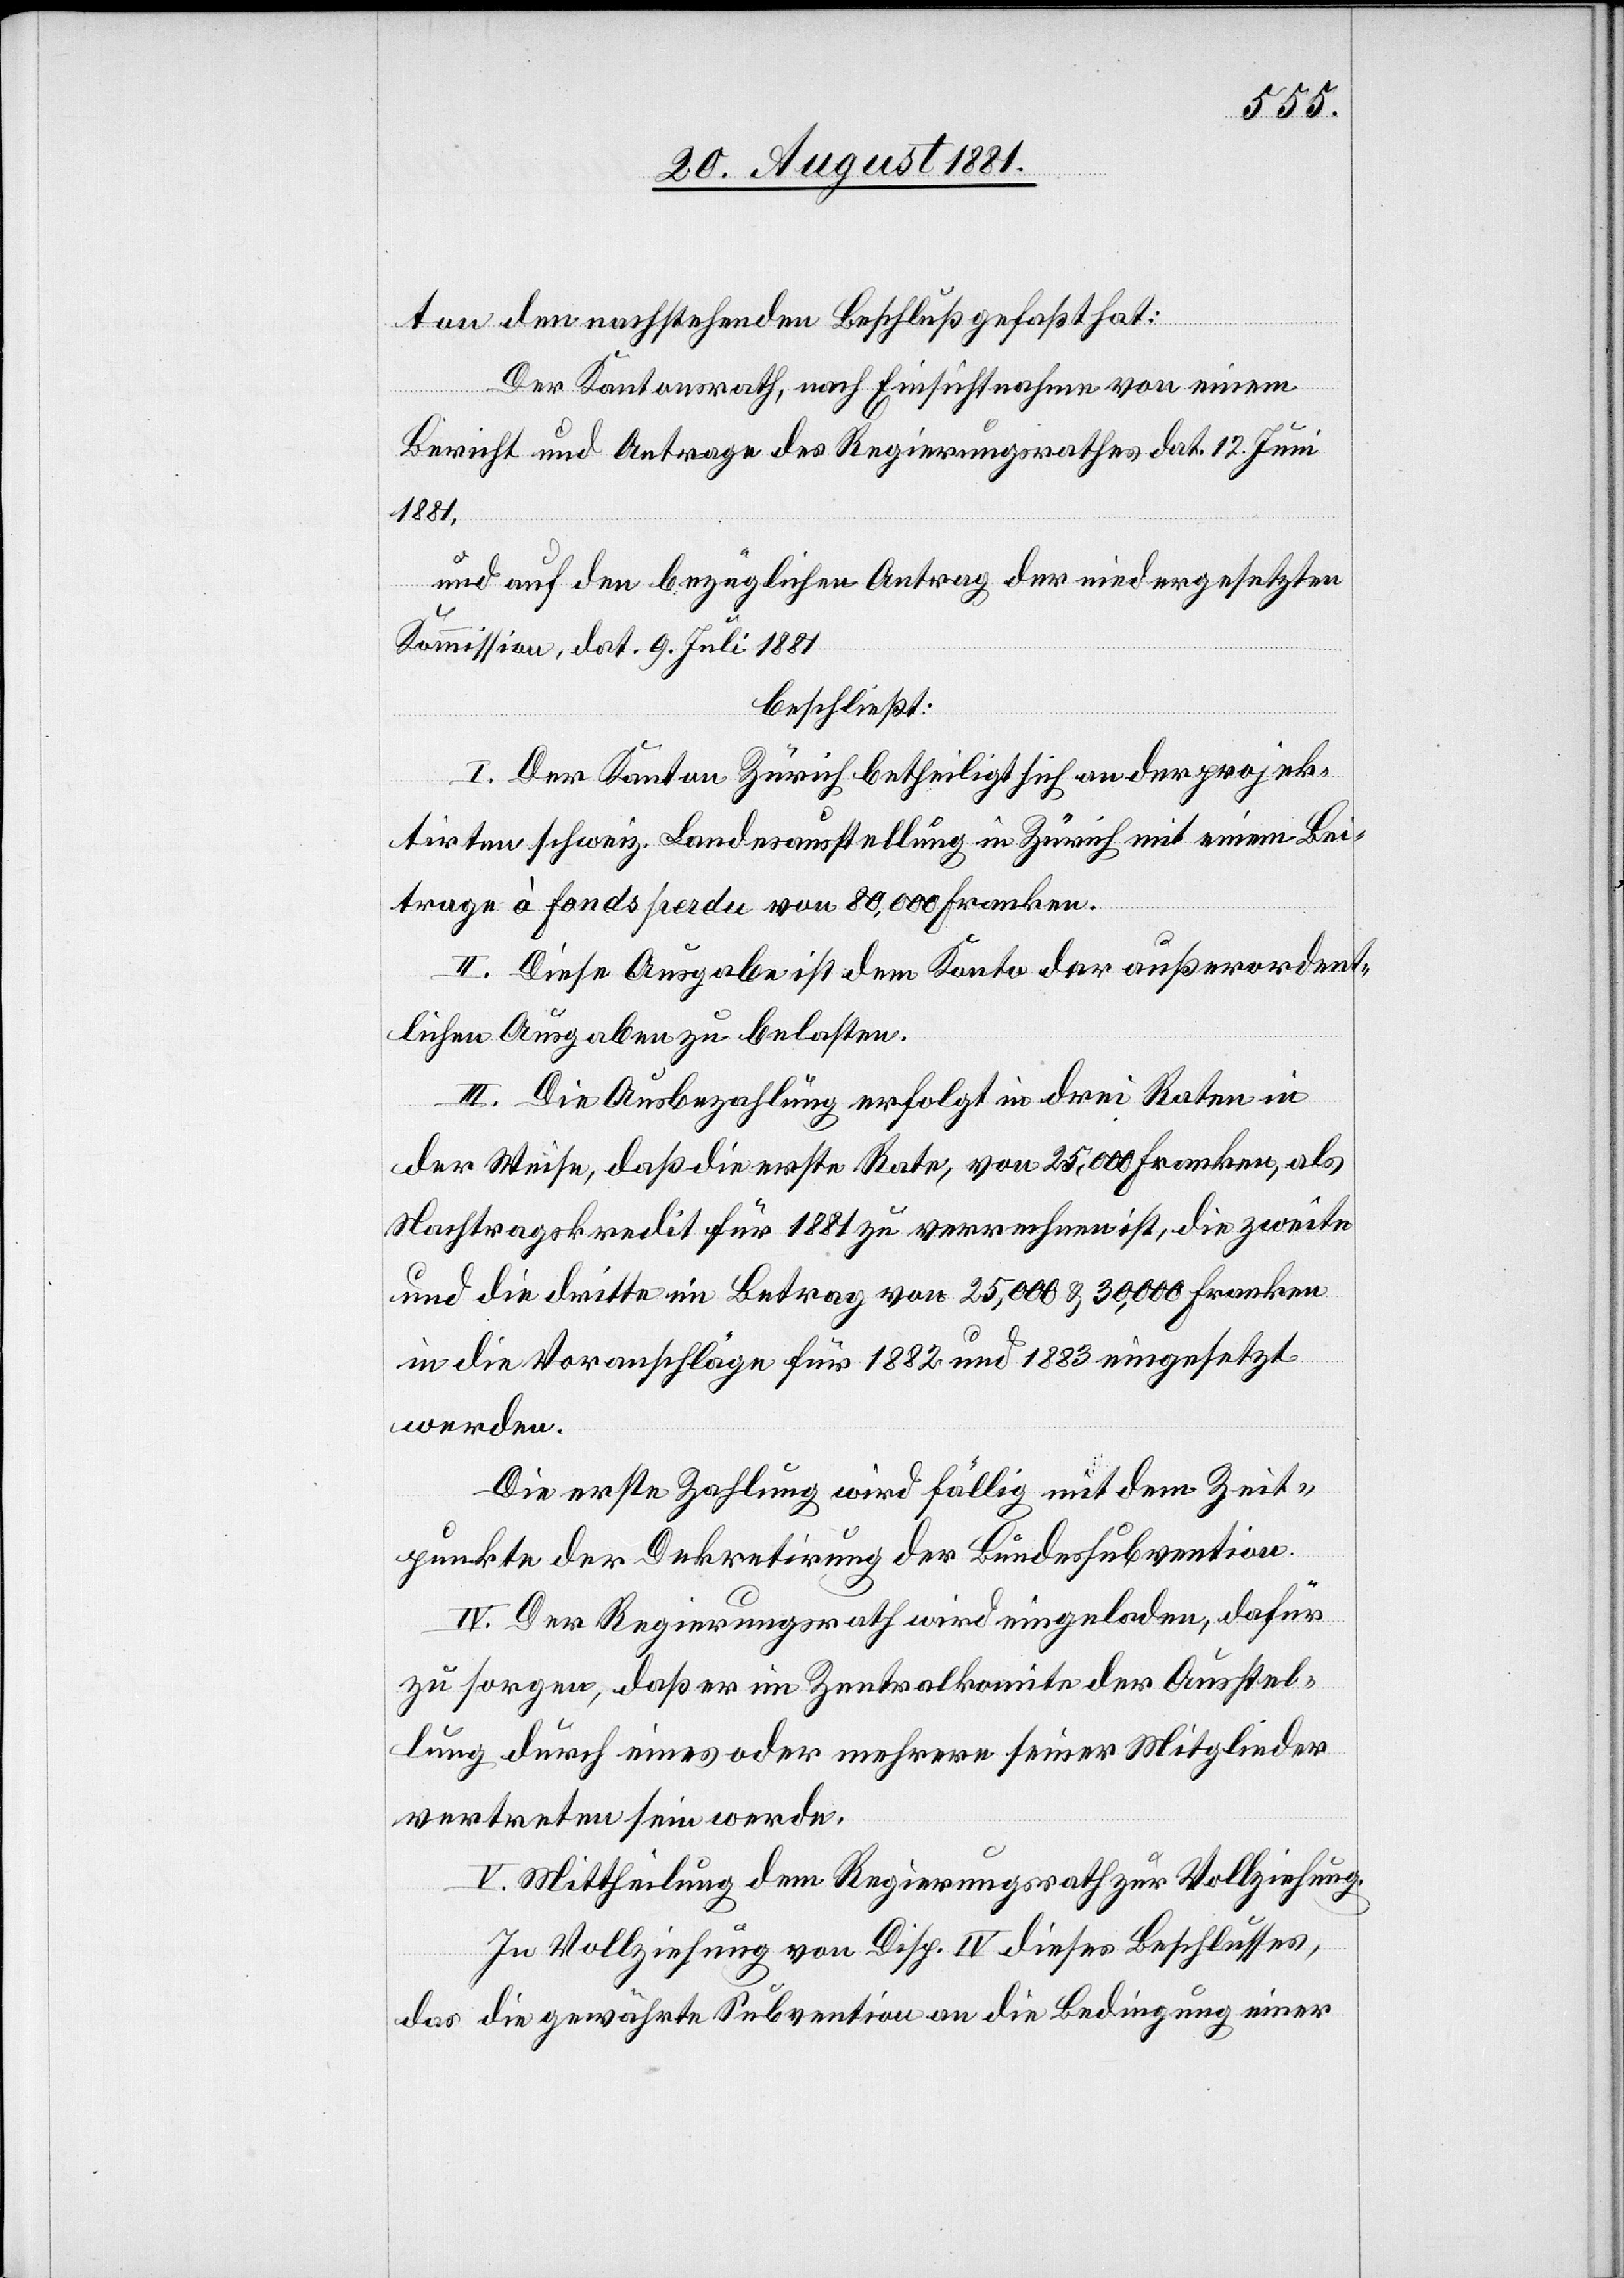
ton den nachstehenden Beschluß gefaßt hat:
Der Kantonsrath, nach Einsichtnahme von einem
Bericht und Antrage des Regierungsrathes dat. 12. Juni
1881,
und auf den bezüglichen Antrag der niedergesetzten
Kommission, dat. 9. Juli 1881
beschließt:
I. Der Kanton Zürich betheiligt sich an der projek¬
tirten schweiz. Landesausstellung in Zürich mit einem Bei¬
trage à fonds perdu von 80,000 Franken.
II. Diese Ausgabe ist dem Konto der außerordent¬
lichen Ausgaben zu belasten.
III. Die Ausbezahlung erfolgt in drei Raten in
der Weise, daß die erste Rate, von 25,000 Fr., als
Nachtragskredit für 1881 zu verrechnen ist, die zweite
und die dritte im Betrag von 25,000 und 30,000 Fr.
in die Voranschläge für 1882 und 1883 eingesetzt
werden.
Die erste Zahlung wird fällig mit dem Zeit¬
punkte der Dekretirung der Bundessubvention.
IV. Der Regierungsrath wird eingeladen, dafür
zu sorgen, daß er im Zentralkomite der Ausstel¬
lung durch eines oder mehrere seiner Mitglieder
vertreten sein werde.
V. Mittheilung dem Regierungsrathe zur Vollziehung.
In Vollziehung von Disp. IV dieses Beschlusses,
das die gewährte Subvention an die Bedingung einer